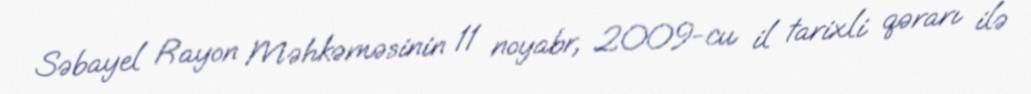
Səbayel Rayon Məhkəməsinin 11 noyabr, 2009-cu il tarixli qərarı ilə